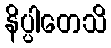
နိပ္ပါတေသိ